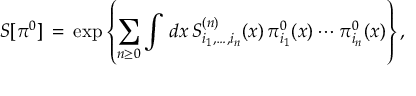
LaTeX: S [ \pi ^ { 0 } ] \, = \, \exp \left\{ \sum _ { n \ge 0 } \int \, d x \, S _ { i _ { 1 } , \ldots , i _ { n } } ^ { ( n ) } ( x ) \, \pi _ { i _ { 1 } } ^ { 0 } ( x ) \cdots \pi _ { i _ { n } } ^ { 0 } ( x ) \right\} ,